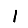
Digit: 1